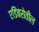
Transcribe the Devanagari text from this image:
एडिंबरोतील